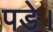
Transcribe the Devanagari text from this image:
पङे।